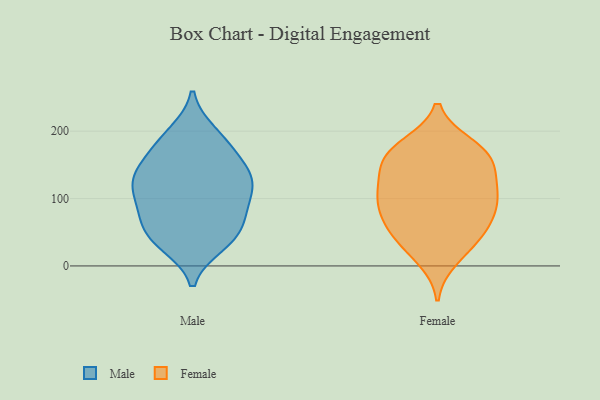
{"axis": {"x": "Shipments", "y": "Value"}, "legend": ["Female", "Male"], "data": [{"x": "", "y": 138, "type": "Male"}, {"x": "", "y": 197, "type": "Male"}, {"x": "", "y": 127, "type": "Male"}, {"x": "", "y": 176, "type": "Male"}, {"x": "", "y": 95, "type": "Male"}, {"x": "", "y": 133, "type": "Male"}, {"x": "", "y": 168, "type": "Male"}, {"x": "", "y": 50, "type": "Male"}, {"x": "", "y": 48, "type": "Male"}, {"x": "", "y": 120, "type": "Male"}, {"x": "", "y": 191, "type": "Male"}, {"x": "", "y": 32, "type": "Male"}, {"x": "", "y": 52, "type": "Male"}, {"x": "", "y": 33, "type": "Male"}, {"x": "", "y": 80, "type": "Male"}, {"x": "", "y": 81, "type": "Male"}, {"x": "", "y": 96, "type": "Male"}, {"x": "", "y": 140, "type": "Male"}, {"x": "", "y": 125, "type": "Male"}, {"x": "", "y": 32, "type": "Female"}, {"x": "", "y": 60, "type": "Female"}, {"x": "", "y": 11, "type": "Female"}, {"x": "", "y": 110, "type": "Female"}, {"x": "", "y": 97, "type": "Female"}, {"x": "", "y": 144, "type": "Female"}, {"x": "", "y": 98, "type": "Female"}, {"x": "", "y": 174, "type": "Female"}, {"x": "", "y": 160, "type": "Female"}, {"x": "", "y": 117, "type": "Female"}, {"x": "", "y": 55, "type": "Female"}, {"x": "", "y": 40, "type": "Female"}, {"x": "", "y": 126, "type": "Female"}, {"x": "", "y": 77, "type": "Female"}, {"x": "", "y": 83, "type": "Female"}, {"x": "", "y": 168, "type": "Female"}, {"x": "", "y": 160, "type": "Female"}, {"x": "", "y": 178, "type": "Female"}]}